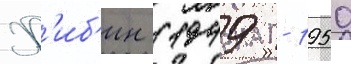
Х'иб'ин (1949 - 1950